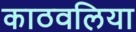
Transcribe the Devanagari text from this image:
काठवलिया